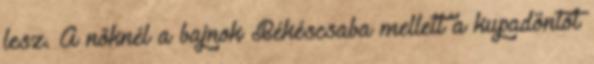
lesz. A nőknél a bajnok Békéscsaba mellett a kupadöntőt